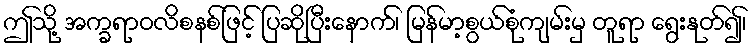
ဤသို့ အက္ခရာဝလိစနစ်ဖြင့် ပြဆိုပြီးနောက်၊ မြန်မာ့စွယ်စုံကျမ်းမှ တူရာ ရွေးနုတ်၍၊